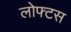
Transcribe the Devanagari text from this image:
लोफ्टस